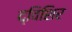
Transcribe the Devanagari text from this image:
द्विशिर